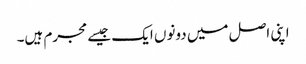
اپنی اصل میں دونوں ایک جیسے مجرم ہیں۔